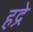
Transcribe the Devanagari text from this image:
हद्रे